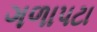
ગળાપટા